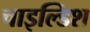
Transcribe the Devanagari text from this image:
चाइल्डिश